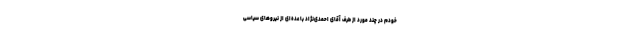
خودم در چند مورد از طرف آقای احمدی‌نژاد با عده‌ای از نیروهای سیاسی